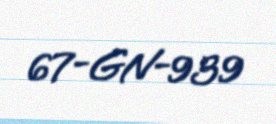
67-GN-939